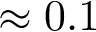
\approx 0 . 1